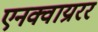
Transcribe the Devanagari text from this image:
एनक्वाय्ररर